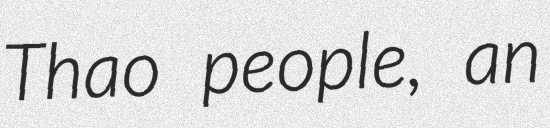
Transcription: Thao people, an